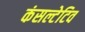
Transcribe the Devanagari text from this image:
कंसल्टेटिव